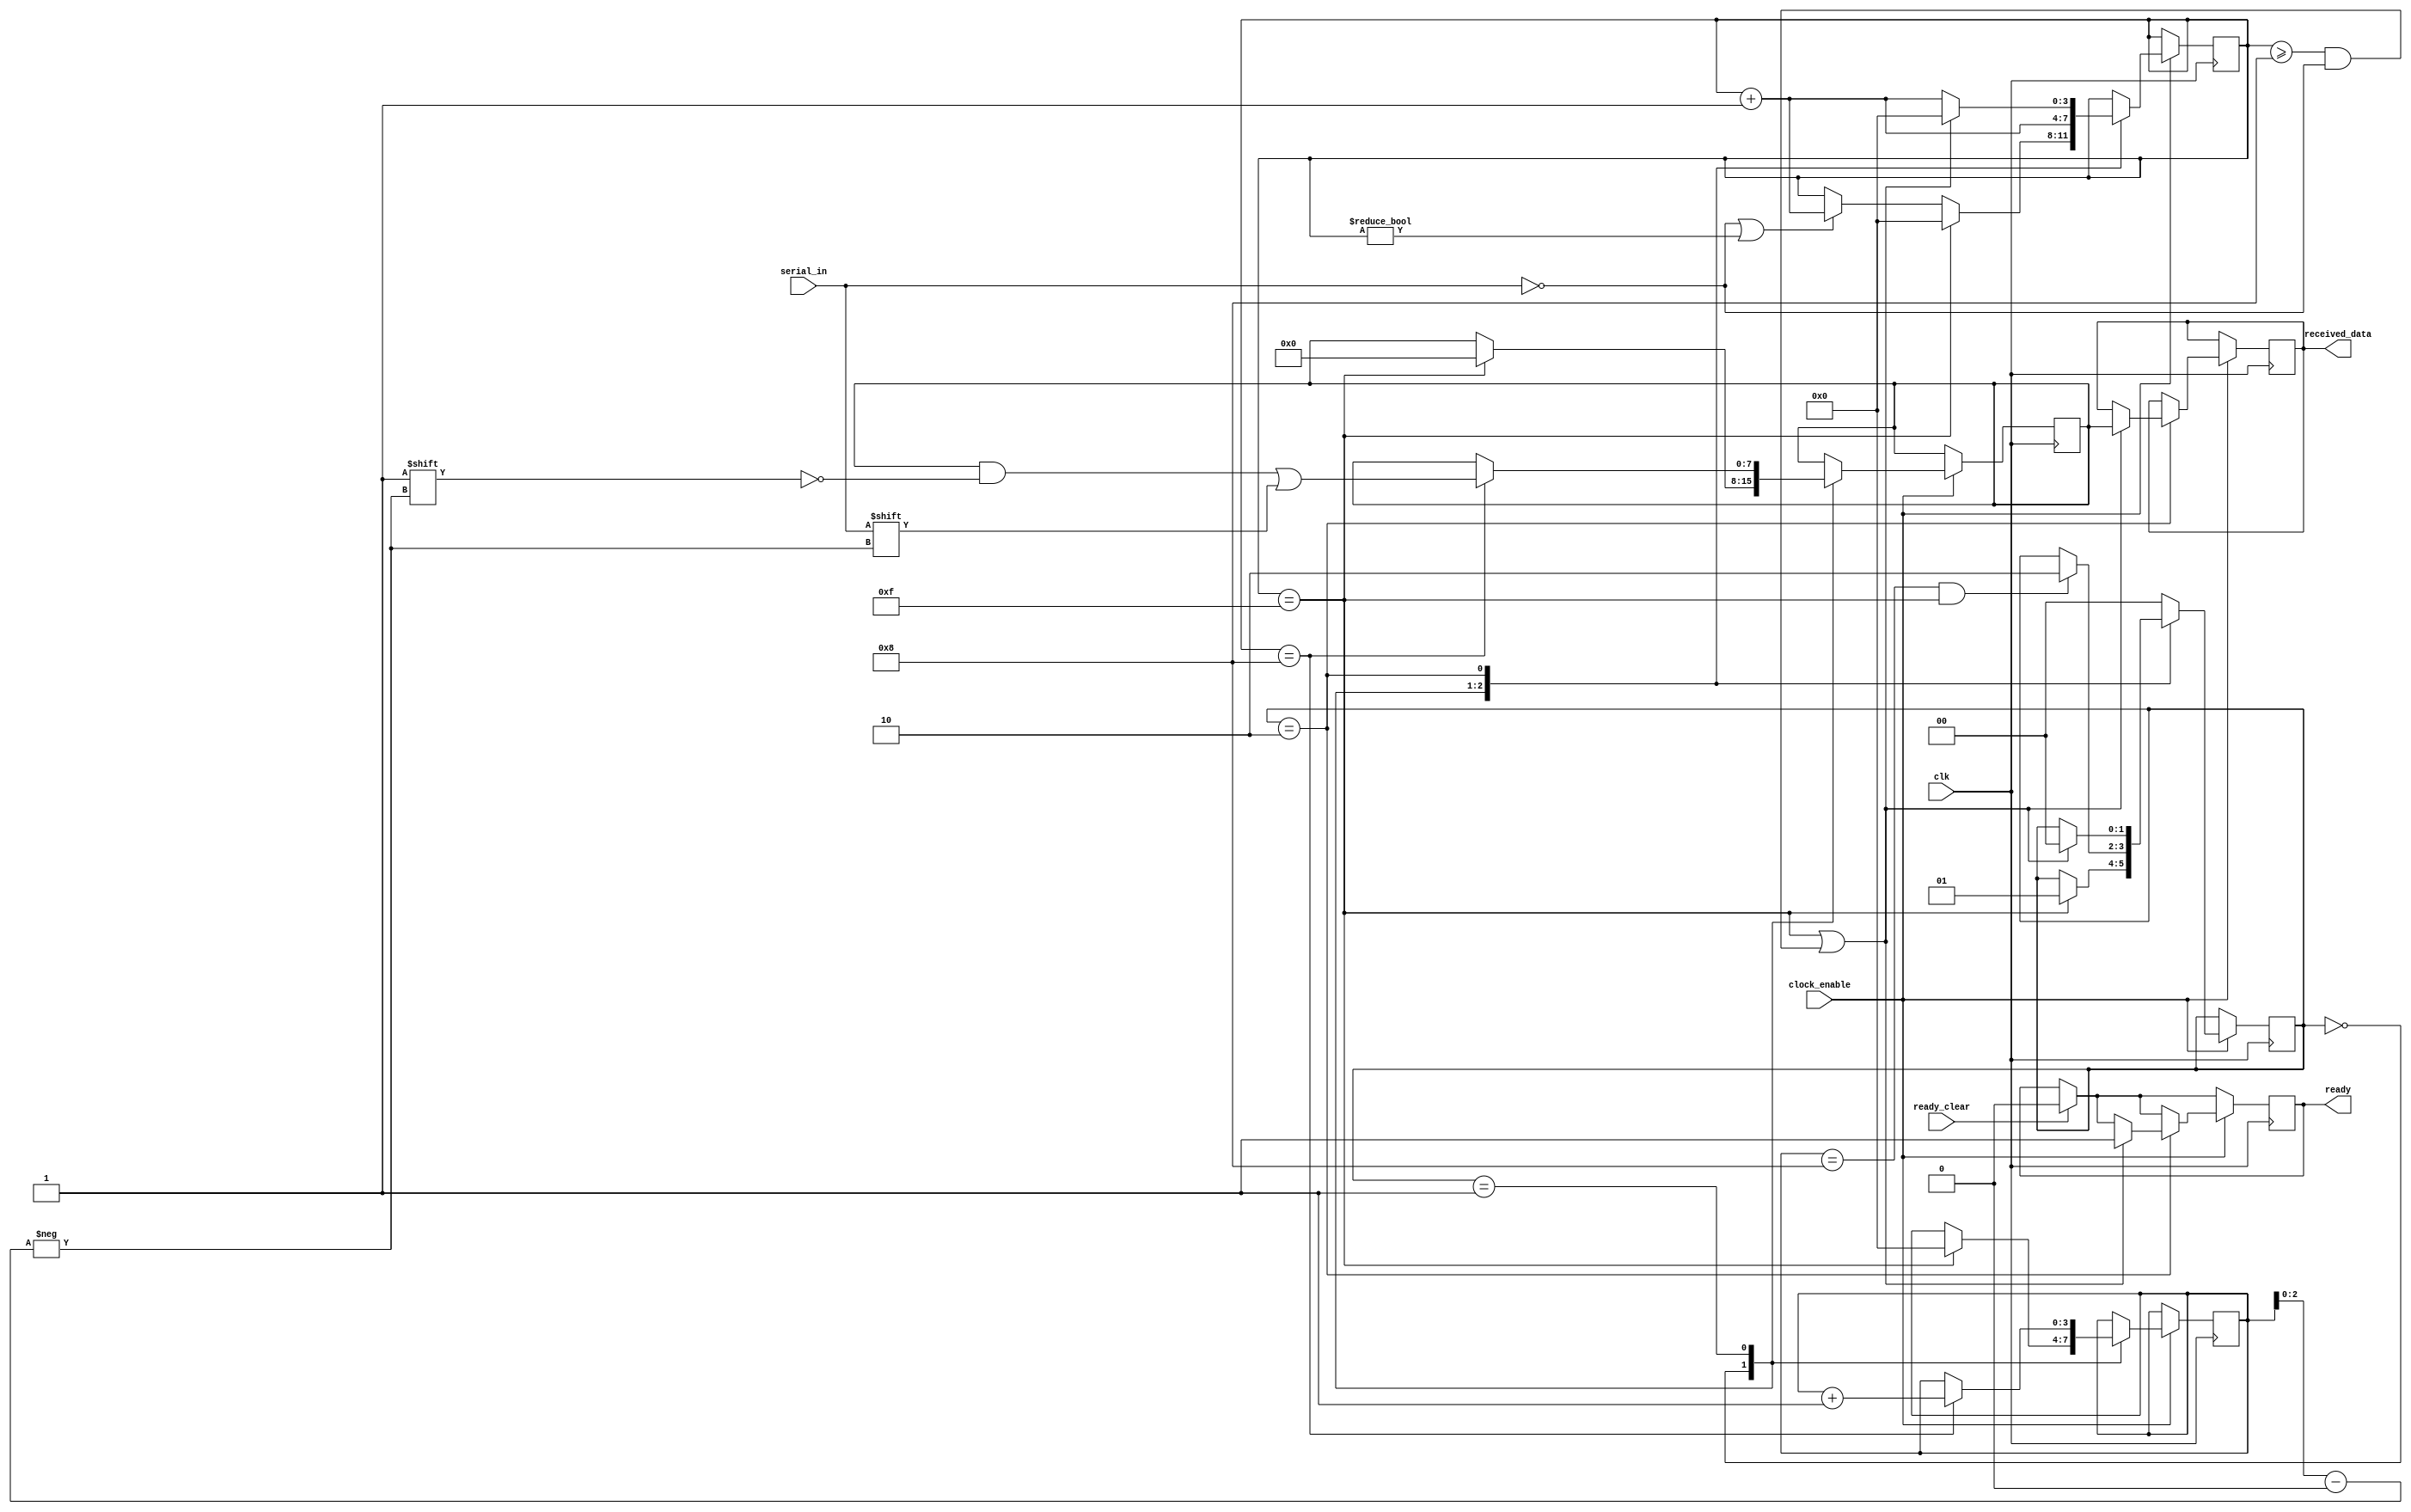
module receiver(
  input wire serial_in,
  output reg ready,
  input wire ready_clear, 
  input wire clk, 
  input wire clock_enable,
  output reg [7:0] received_data 
);

initial begin
  // Initialize ready and received_data outputs to 0
  ready = 0;
  received_data = 8'b0;
end
//state machines
parameter RX_START = 2'b00;
parameter RX_DATA = 2'b01;  
parameter RX_STOP = 2'b10;  

reg [1:0] current_state = RX_START;
reg [3:0] current_sample = 0;
reg [3:0] current_bit = 0;
reg [7:0] temporary_data = 8'b0;

// State machines to process serial input data
always @(posedge clk) begin
  if (ready_clear)
    ready <= 0;

  // Process input data if clock_enable input is asserted
  if (clock_enable) begin
    // State machine to process serial input data
    case (current_state)
      RX_START: begin
        // Start counting samples from the first low sample
        if (!serial_in || current_sample != 0)
          current_sample <= current_sample + 4'b1;

        // Start collecting data bits once a full bit has been sampled
        if (current_sample == 15) begin
          current_state <= RX_DATA;
          current_bit <= 0;
          current_sample <= 0;
          temporary_data <= 0;
        end
      end

      RX_DATA: begin
        // Increment sample count and collect data bits
        current_sample <= current_sample + 4'b1;
        if (current_sample == 4'h8) begin
          temporary_data[current_bit[2:0]] <= serial_in;
          current_bit <= current_bit + 4'b1;
        end
        // Transition to stop state once all data bits have been collected
        if (current_bit == 8 && current_sample == 15)
          current_state <= RX_STOP;
      end

      RX_STOP: begin
        /*
         * Wait for a full stop bit or until we're at least half way
         * through the stop bit before transitioning back to start state
         */
        if (current_sample == 15 || (current_sample >= 8 && !serial_in)) begin
          current_state <= RX_START;
          received_data <= temporary_data;
          ready <= 1'b1;
          current_sample <= 0;
        end else begin
          current_sample <= current_sample + 4'b1;
        end
      end

      default: begin
        current_state <= RX_START;
      end
    endcase
  end
end

endmodule